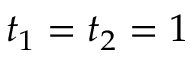
t _ { 1 } = t _ { 2 } = 1